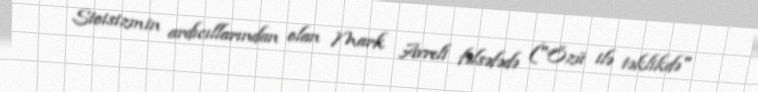
Stoisizmin ardıcıllarından olan Mark Avreli fəlsəfədə ("Özü ilə təklikdə"